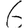
Digit: 6